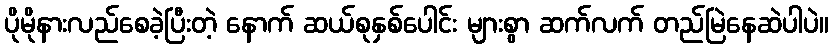
ပိုမိုနားလည်စေခဲ့ပြီးတဲ့ နောက် ဆယ်စုနှစ်ပေါင်း များစွာ ဆက်လက် တည်မြဲနေဆဲပါပဲ။